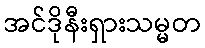
အင်ဒိုနီးရှားသမ္မတ